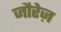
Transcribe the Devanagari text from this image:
जौरेज़